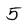
Character: 5